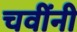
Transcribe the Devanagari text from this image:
चवींनी